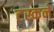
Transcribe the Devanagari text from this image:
टस्कने